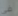
فى